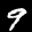
Label: 9